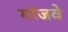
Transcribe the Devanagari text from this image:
गांजवे